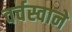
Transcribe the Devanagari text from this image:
वर्चस्वाने